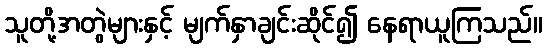
သူတို့အတွဲများနှင့် မျက်နှာချင်းဆိုင်၍ နေရာယူကြသည်။